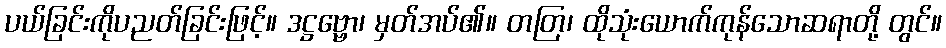
ပယ်ခြင်းကိုပညတ်ခြင်းဖြင့်။ ဒဋ္ဌဗ္ဗော၊ မှတ်အပ်၏။ တတြ၊ ထိုသုံးယောက်ကုန်သောဆရာတို့ တွင်။